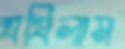
ঘষিলাম